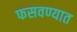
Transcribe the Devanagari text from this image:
फसवण्यात